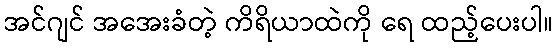
အင်ဂျင် အအေးခံတဲ့ ကိရိယာထဲကို ရေ ထည့်ပေးပါ။